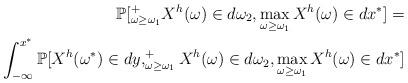
LaTeX: \begin{align*}\mathbb{P}[^{+}_{\omega \ge \omega_1} X^{h}(\omega) \in d\omega_2, \max\limits_{\omega \ge \omega_1} X^{h}(\omega) \in dx^{*}]=\\\int_{-\infty}^{x^{*}} \mathbb{P}[X^{h}(\omega^{*}) \in dy,^{+}_{\omega \ge \omega_1} X^{h}(\omega) \in d\omega_2, \max\limits_{\omega \ge \omega_1} X^{h}(\omega) \in dx^{*}]\end{align*}